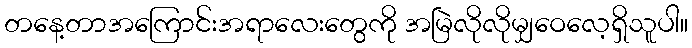
တနေ့တာအကြောင်းအရာလေးတွေကို အမြဲလိုလိုမျှဝေလေ့ရှိသူပါ။